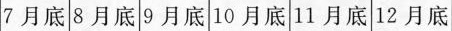
7月底 8月底 9月底 10月底 11月底